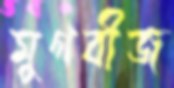
মুগবীজ